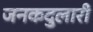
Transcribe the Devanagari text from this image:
जनकदुलारी